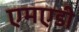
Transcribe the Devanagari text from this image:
एमएडी